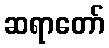
ဆရာတော်